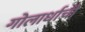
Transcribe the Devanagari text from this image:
गोलार्धाची